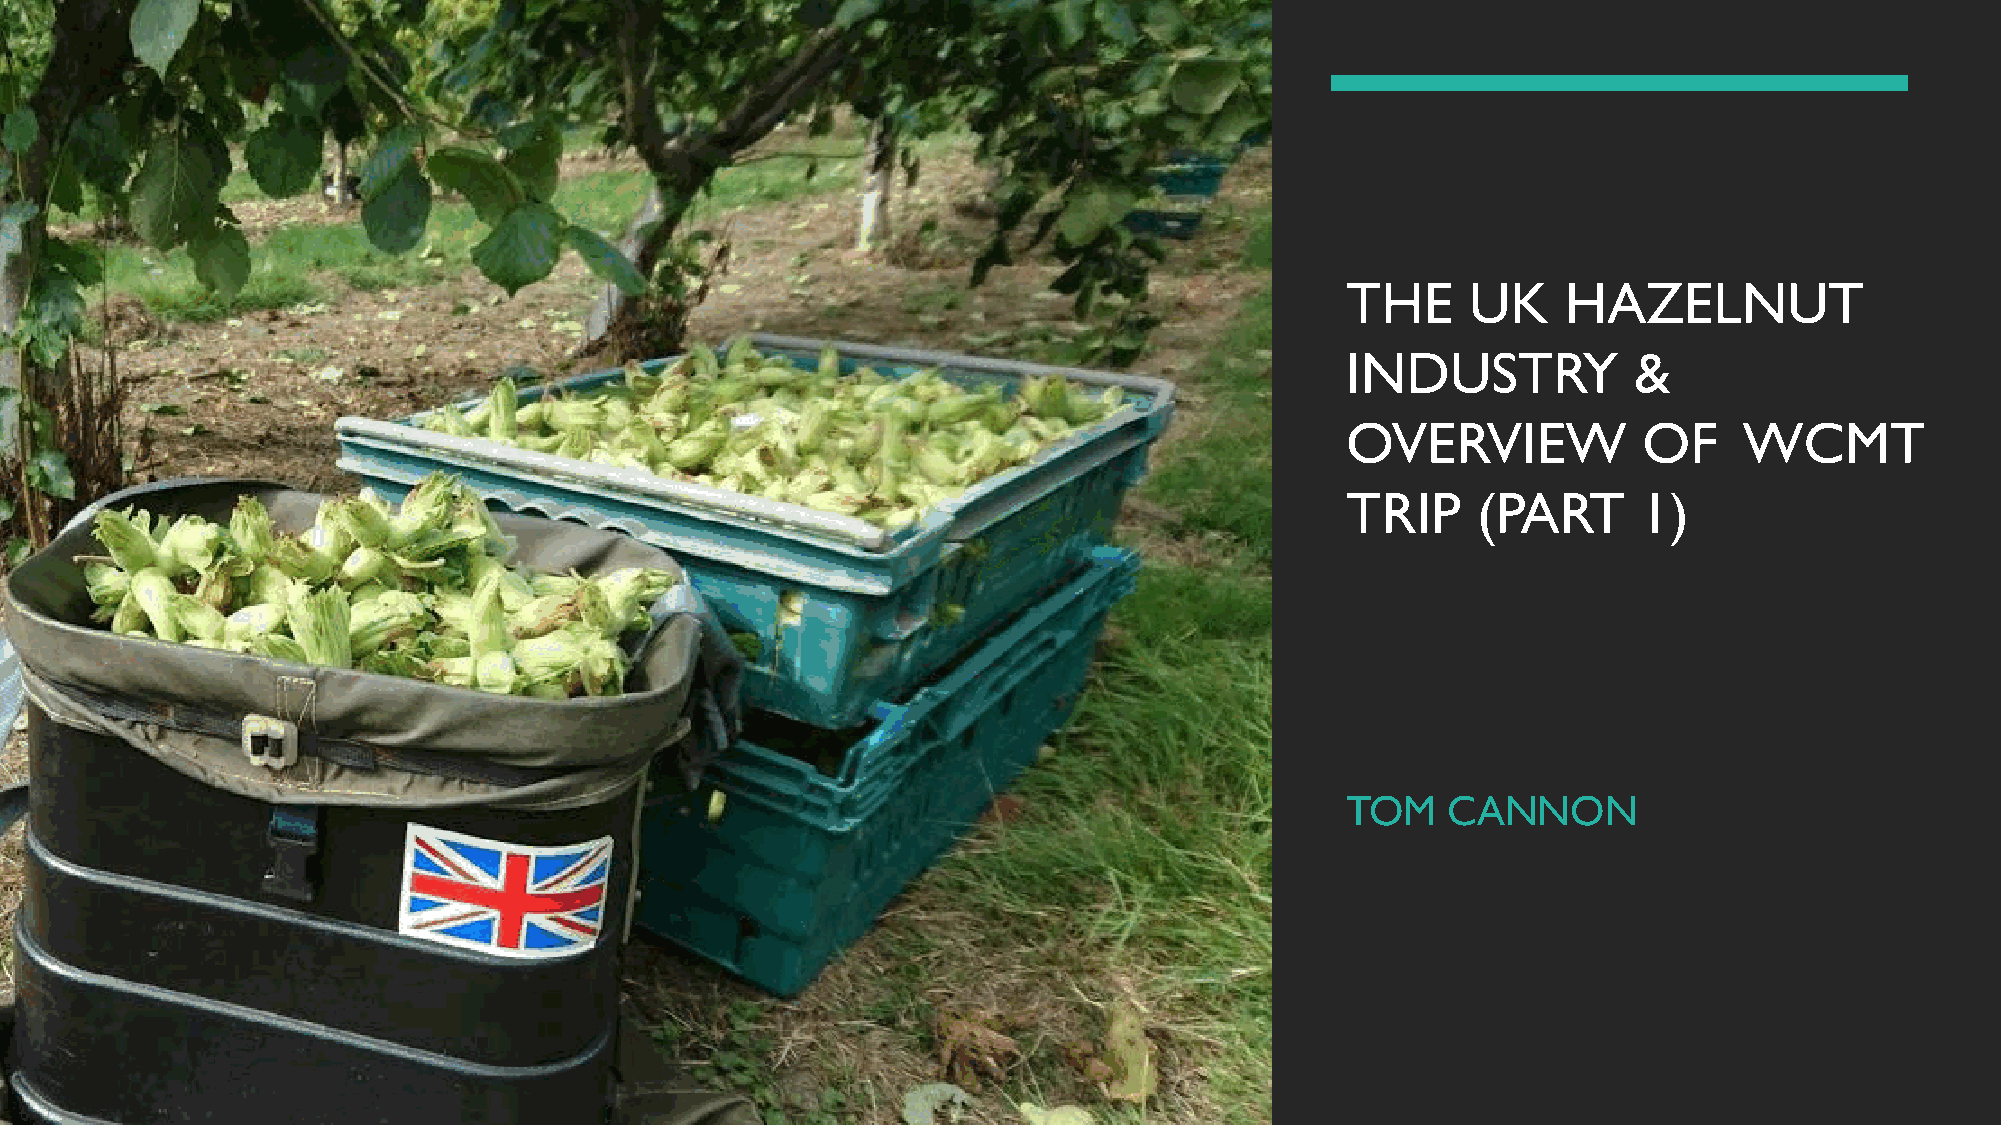
THE     UK     HAZELNUT
 INDUSTRY           &
 OVERVIEW            OF    WCMT
 TRIP     (PART      1)
 TOM    CANNON